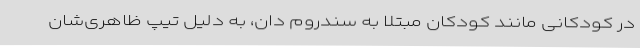
در کودکانی مانند کودکان مبتلا به سندروم دان، به دلیل تیپ ظاهری‌شان